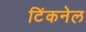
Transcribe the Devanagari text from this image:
टिंकनेल